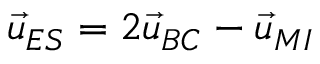
\vec { u } _ { E S } = 2 \vec { u } _ { B C } - \vec { u } _ { M I }